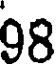
98